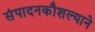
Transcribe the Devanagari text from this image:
संपादनकौशल्याने